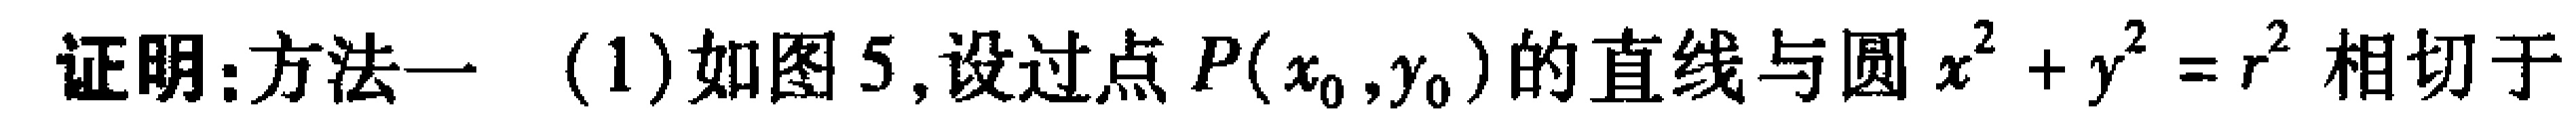
证明：方法一 (1)如图5,设过点\(P(x_{0},y_{0})\)的直线与圆\(x^{2}+y^{2}=r^{2}\)相切于